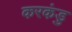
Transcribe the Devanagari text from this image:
करकंडु